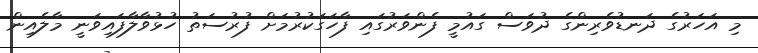
މި އަހަރުގެ ދަނޑުވެރިންގެ ދުވަސް ގައުމީ ފެންވަރުގައި ފާހަގަކުރުމަށް ފުރުސަތު ހުޅުވާލާފައިވަނީ މާލެއިން